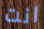
انت